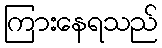
ကြားနေရသည်